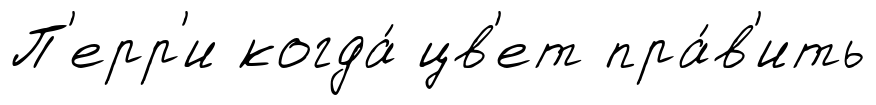
П'ерр'и когда́ цв'ет пра́в'ить